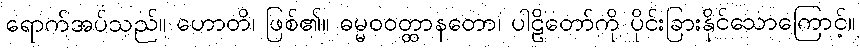
ရောက်အပ်သည်။ ဟောတိ၊ ဖြစ်၏။ ဓမ္မဝဝတ္ထာနတော၊ ပါဠိတော်ကို ပိုင်းခြားနိုင်သောကြောင့်။